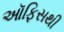
ઑફિસથી